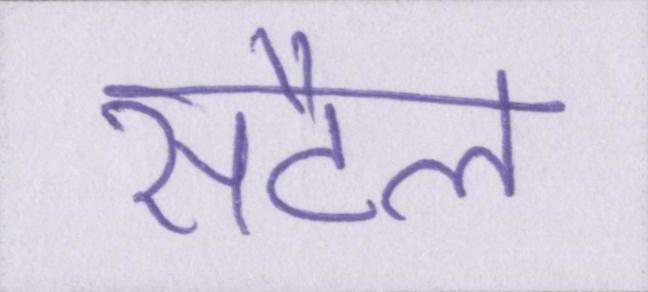
सैटल